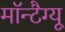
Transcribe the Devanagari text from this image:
मॉन्टैग्यू